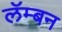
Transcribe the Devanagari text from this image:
लॅम्बन